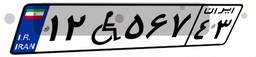
۱۲W۵۶۷۴۳